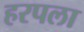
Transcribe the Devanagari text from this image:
हरपला